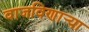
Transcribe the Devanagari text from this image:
वाजविणार्‍या